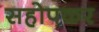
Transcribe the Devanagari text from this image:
सहोपकर